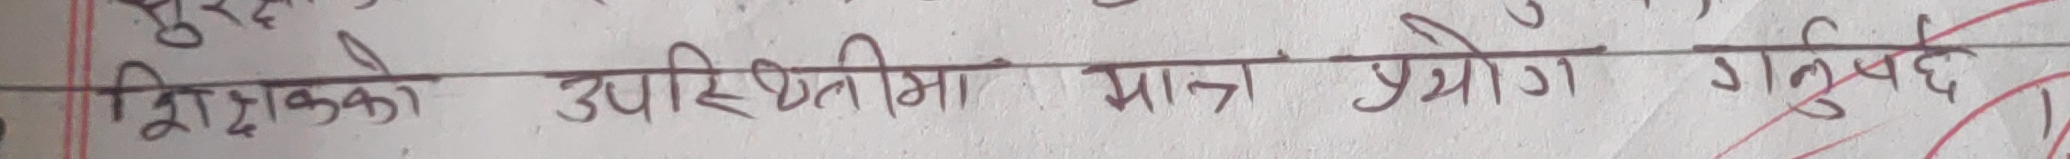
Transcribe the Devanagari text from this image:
शिक्षकको उपस्थितिमा मात्र प्रयोग गर्नुहुनेछ।